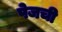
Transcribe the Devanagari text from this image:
पेजची